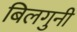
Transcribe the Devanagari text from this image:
बिलगुनी